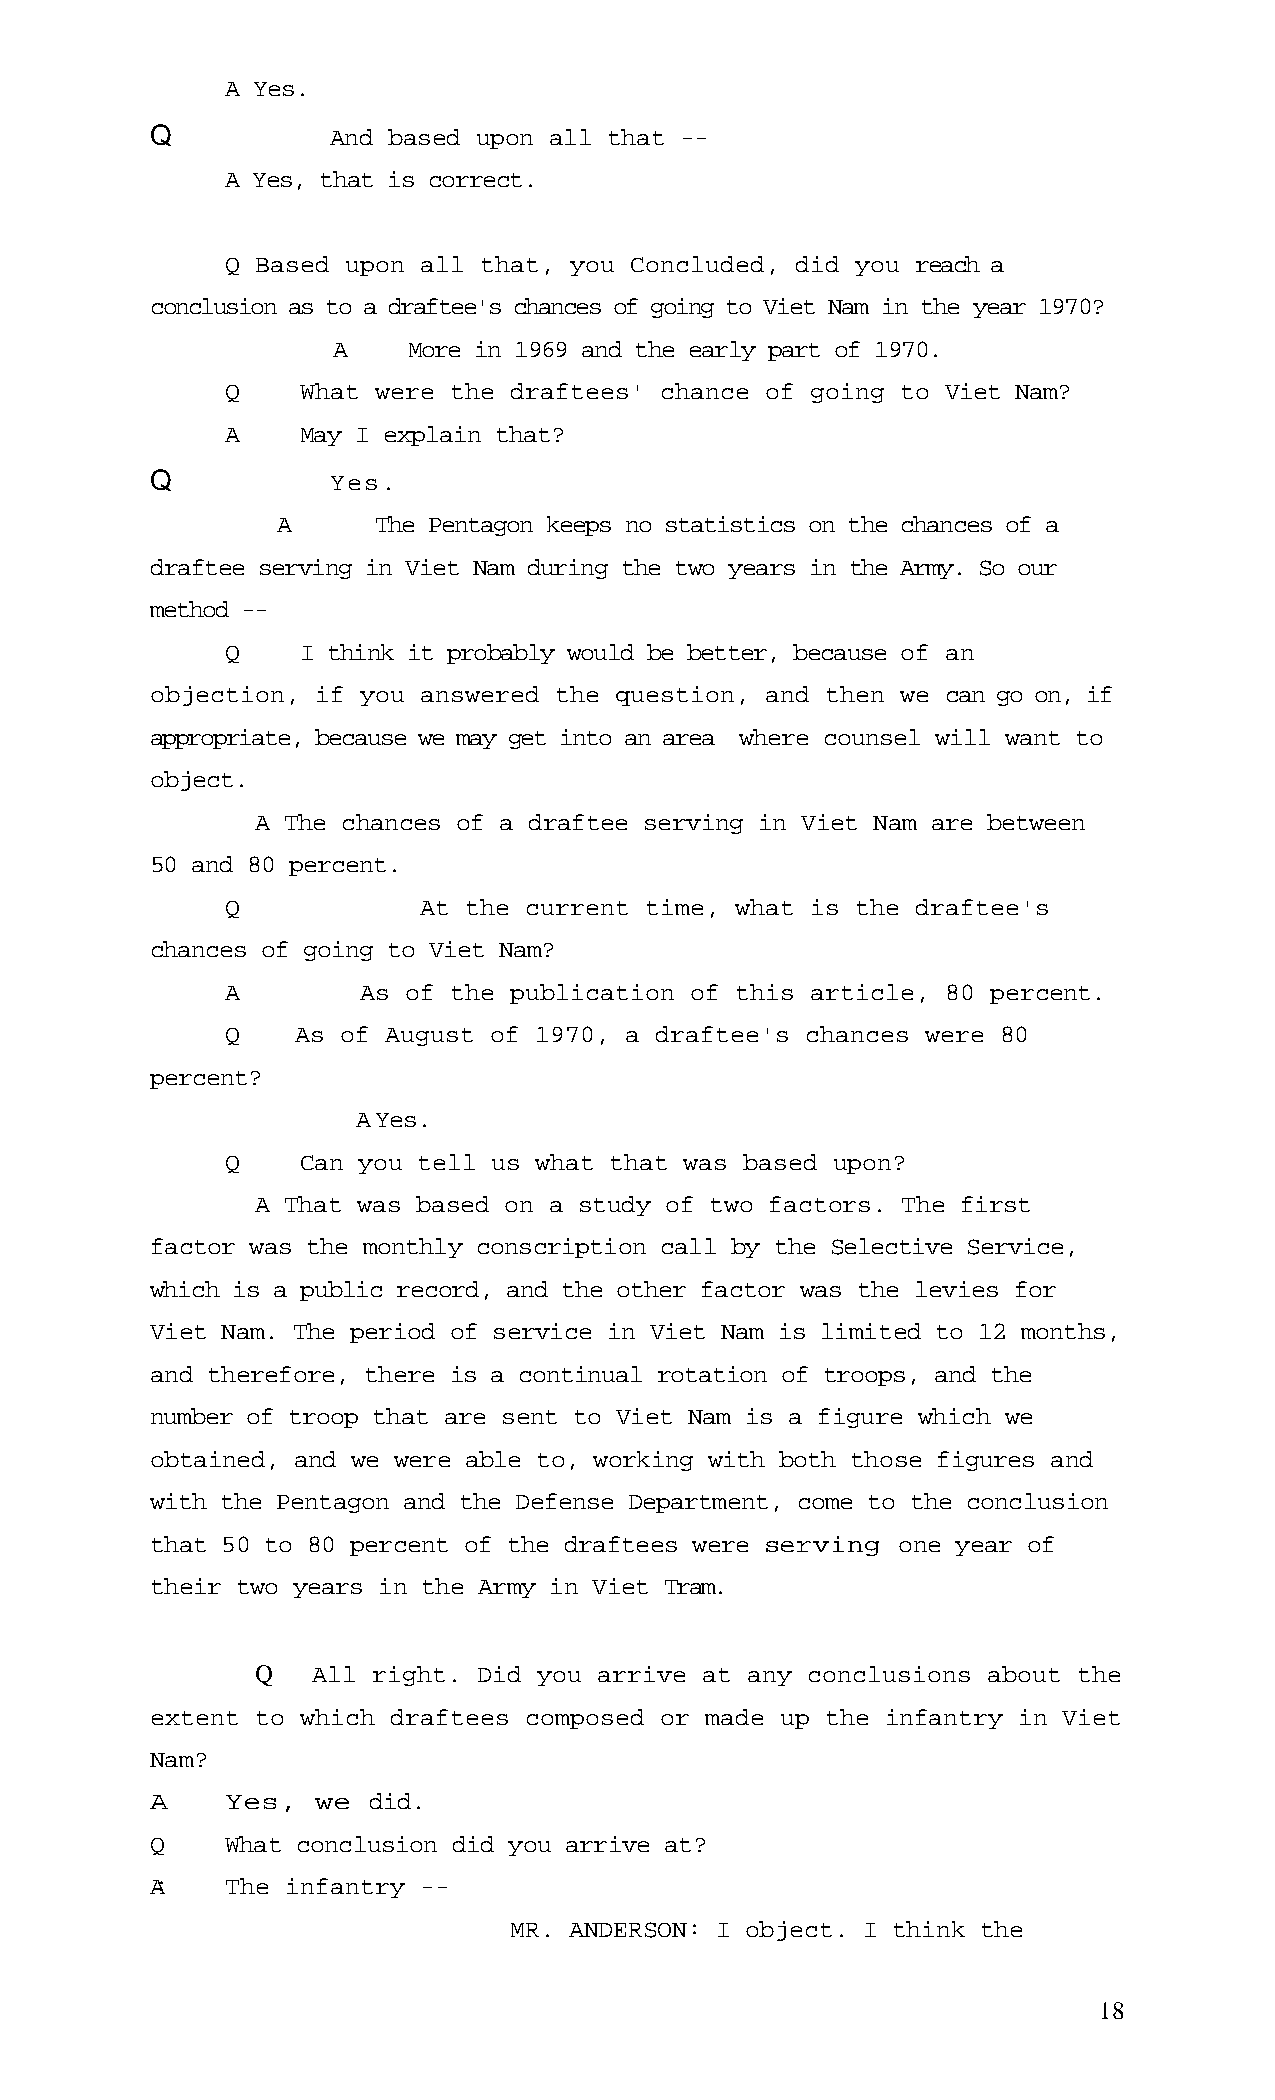
A Yes.
 Q           And based upon all that --
 A Yes, that is correct.
 Q Based upon all that, you Concluded, did you reach a
 conclusion as to a draftee's chances of going to Viet Nam in the year 1970?
 A    More in 1969 and the early part of 1970.
 Q    What were the draftees' chance of going to Viet Nam?
 A    May I explain that?
 Q           Yes.
 A      The Pentagon keeps no statistics on the chances of a
 draftee serving in Viet Nam during the two years in the Army. So our
 method --
 Q    I think it probably would be better, because of an
 objection, if you answered the question, and then we can go on, if
 appropriate, because we may get into an area where counsel will want to
 object.
 A The chances of a draftee serving in Viet Nam are between
 50 and 80 percent.
 Q            At the current time, what is the draftee's
 chances of going to Viet Nam?
 A        As of the publication of this article, 80 percent.
 Q    As of August of 1970, a draftee's chances were 80
 percent?
 AYes.
 Q    Can you tell us what that was based upon?
 A That was based on a study of two factors. The first
 factor was the monthly conscription call by the Selective Service,
 which is a public record, and the other factor was the levies for
 Viet Nam. The period of service in Viet Nam is limited to 12 months,
 and therefore, there is a continual rotation of troops, and the
 number of troop that are sent to Viet Nam is a figure which we
 obtained, and we were able to, working with both those figures and
 with the Pentagon and the Defense Department, come to the conclusion
 that 50 to 80 percent of the draftees were serving one year of
 their two years in the Army in Viet Tram.
 Q   All right. Did you arrive at any conclusions about the
 extent to which draftees composed or made up the infantry in Viet
 Nam?
 A    Yes,  we did.
 Q    What conclusion did you arrive at?
 A:   The infantry --
 MR. ANDERSON: I object. I think the
 18